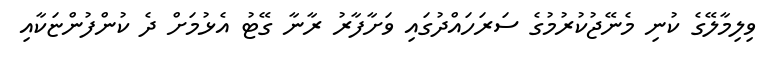
ވިލިމާލޭގެ ކުނި މެނޭޖުކުރުމުގެ ސަރަހައްދުގައި ވަށާފާރު ރާނާ ގޭޓު އެޅުމަށް ދެ ކުންފުންޏަކާއި